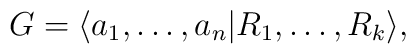
G=\langle a_{1},\ldots,a_{n} |R_{1},\ldots,R_{k}\rangle,